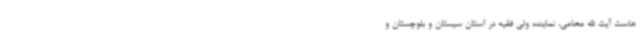
هاست آیت الله محامی، نماینده ولی فقیه در استان سیستان و بلوچستان و